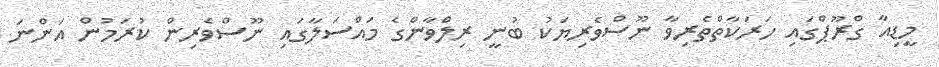
މީޑިއާ ގްރޫޕްގައި ހަރަކާތްތެރިވާ ނޫސްވެރިޔަކު ބުނީ ރިލްވާންގެ މައްސަލާގައި ނޫސްވެރިން ކުރަމުން އަންނަ